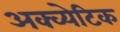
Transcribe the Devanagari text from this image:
अक्व्येटिक